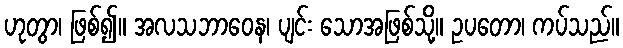
ဟုတွာ၊ ဖြစ်၍။ အလသဘာဝေန၊ ပျင်း သောအဖြစ်သို့။ ဥပတော၊ ကပ်သည်။